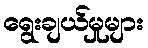
ရွေးချယ်မှုများ